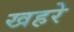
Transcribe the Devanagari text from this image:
खहरे